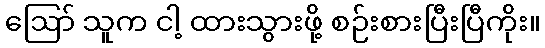
ဪ သူက ငါ့ ထားသွားဖို့ စဉ်းစားပြီးပြီကိုး။